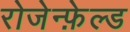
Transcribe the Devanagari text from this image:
रोजेन्फ़ेल्ड